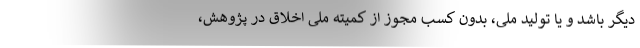
دیگر باشد و یا تولید ملی، بدون کسب مجوز از کمیته ملی اخلاق در پژوهش،